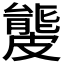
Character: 𥀡